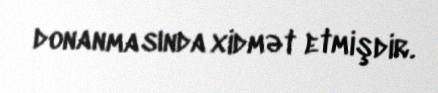
donanmasında xidmət etmişdir.